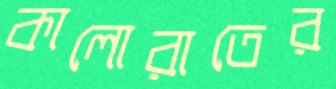
কালোরাতের